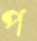
প